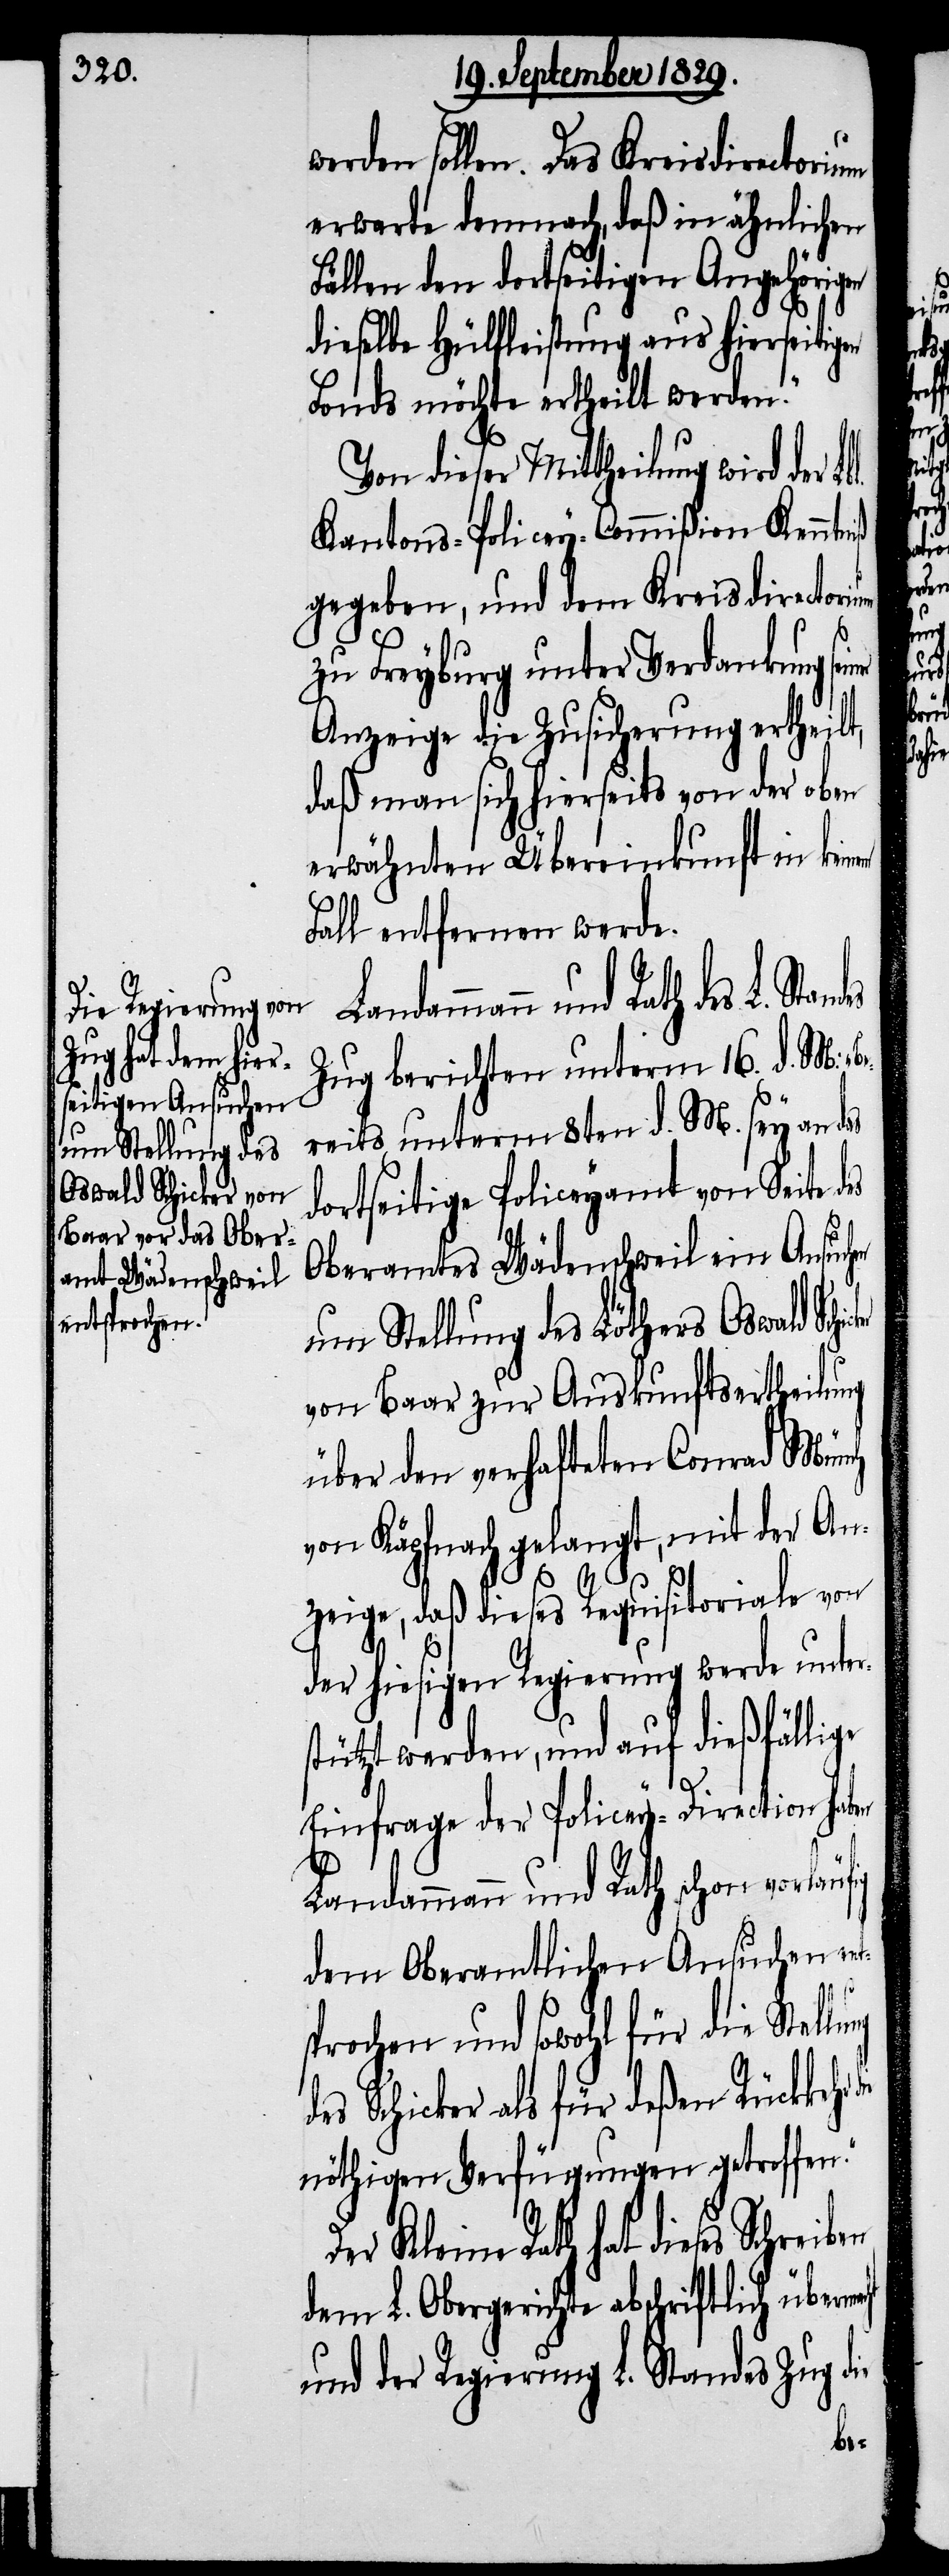
werden sollen. Das Kreisdirectorium
erwarte demnach, daß in ähnlichen
Fällen den dortseitigen Angehörigen
dieselbe Hülfeleistung aus hierseitigen
Fonds möchte ertheilt werden.“
Von dieser Mittheilung wird der L¬
Kantons-Policey-Commißion Kenntniß
gegeben, und dem Kreisdirectori¬
zu Freyburg unter Verdankung se¬
Anzeige die Zusicherung ertheilt,
daß man sich hierseits von der oben
erwähnten Übereinkunft in kein¬
Fall entfernen werde.
Landammann und Rath des
Zug berichten unterm 16. d. M: „B¬
ereits unterm 8ten d. M. sey an das
dortseitige Policeyamt von Seite
Oberamtes Wädenschweil ein Ansuch¬
um Stellung des Löthers Oswald
von Baar zur Auskunftsertheilung
über den verhafteten Conrad Münch
von Käpfnach gelangt, mit der An¬
ng
zeige, daß dieses Requisitoriale von
der hiesigen Regierung werde unter¬
stützt werden, und auf dießfällige
Einfrage der Policey-Direction haben
Landammann und Rath schon vorläu¬
dem Oberamtlichen Ansuchen en¬
sprochen und sowohl für die Stellu¬
des Schicker als für deßen Rückkehr
nöthigen Verfügungen getroffen.“
Der Kleine Rath hat dieses
dem L. Obergerichte abschriftlich
und der Regierung L. Standes Zug die
iner